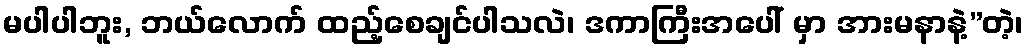
မပါပါဘူး, ဘယ်လောက် ထည့်စေချင်ပါသလဲ၊ ဒကာကြီးအပေါ် မှာ အားမနာနဲ့”တဲ့၊